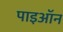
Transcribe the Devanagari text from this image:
पाइऑन